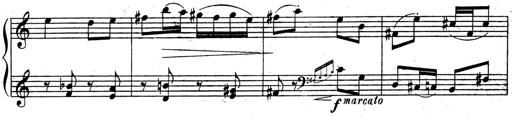
Title: 3 Sonatinas for Piano
Composer: Vissarion Shebalin